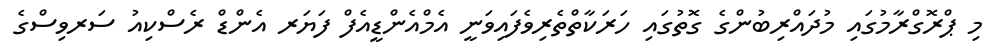
މި ޕްރޮގްރާމުގައި މުދައްރިބުންގެ ގޮތުގައި ހަރަކާތްތެރިވެފައިވަނީ އެމްއެންޑީއެފް ފަޔަރ އެންޑް ރެސްކިއު ސަރވިސްގެ